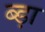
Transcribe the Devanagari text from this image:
ब्ड़ा